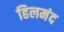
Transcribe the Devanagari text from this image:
हिलमंद